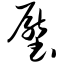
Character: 压